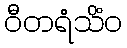
ဝီတရံသိံဝ